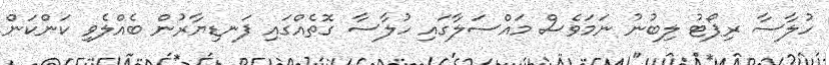
ހުލާސާ ރިޕޯޓު ލިބުނު ނަމަވެސް މައްސަލާގައި ހުލާސާ ގޮތެއްގައި ފަނޑިޔާރުން ބެއްލެވި ކަންކަން